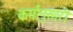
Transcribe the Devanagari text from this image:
कर्मानुसारी